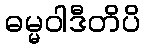
ဓမ္မဝါဒီတိပိ